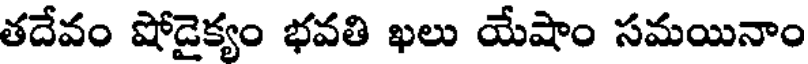
తదేవం షోడైక్యం భవతి ఖలు యేషాం సమయినాం